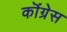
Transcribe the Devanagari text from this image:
कॊंग्रेस